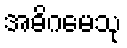
အဓိဂမေသု